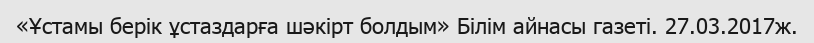
«Ұстамы берік ұстаздарға шәкірт болдым» Білім айнасы газеті. 27.03.2017ж.